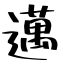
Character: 邁